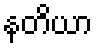
နတိယာ